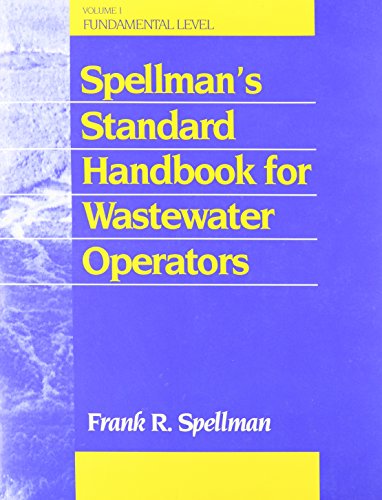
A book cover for Spellman's Standard Hdbk for Wastewater Operators, Three Volume Set: Spellman's Standard Handbook for Wastewater Operators: Fundamentals, Volume I ... Handbook for Wastewater Operators Series); Frank R. Spellman; Science & Math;